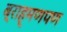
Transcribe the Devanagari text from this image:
ब्राह्मणपण